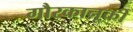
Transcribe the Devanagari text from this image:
गौरकानूकी